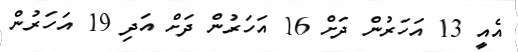
އެއީ 13 އަހަރުން ދަށް 16 އަހަރުން ދަށް އަދި 19 އަހަރުން